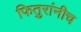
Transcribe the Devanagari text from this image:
फितुरांनीच